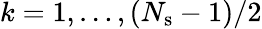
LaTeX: k=1,\ldots,(N_{\mathrm{s}}-1)/2